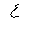
Letter: _ayn